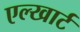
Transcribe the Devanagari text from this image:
एल्खार्ट